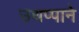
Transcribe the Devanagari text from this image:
उथप्पाने